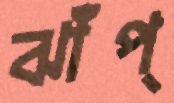
ঝাঁপ্‌